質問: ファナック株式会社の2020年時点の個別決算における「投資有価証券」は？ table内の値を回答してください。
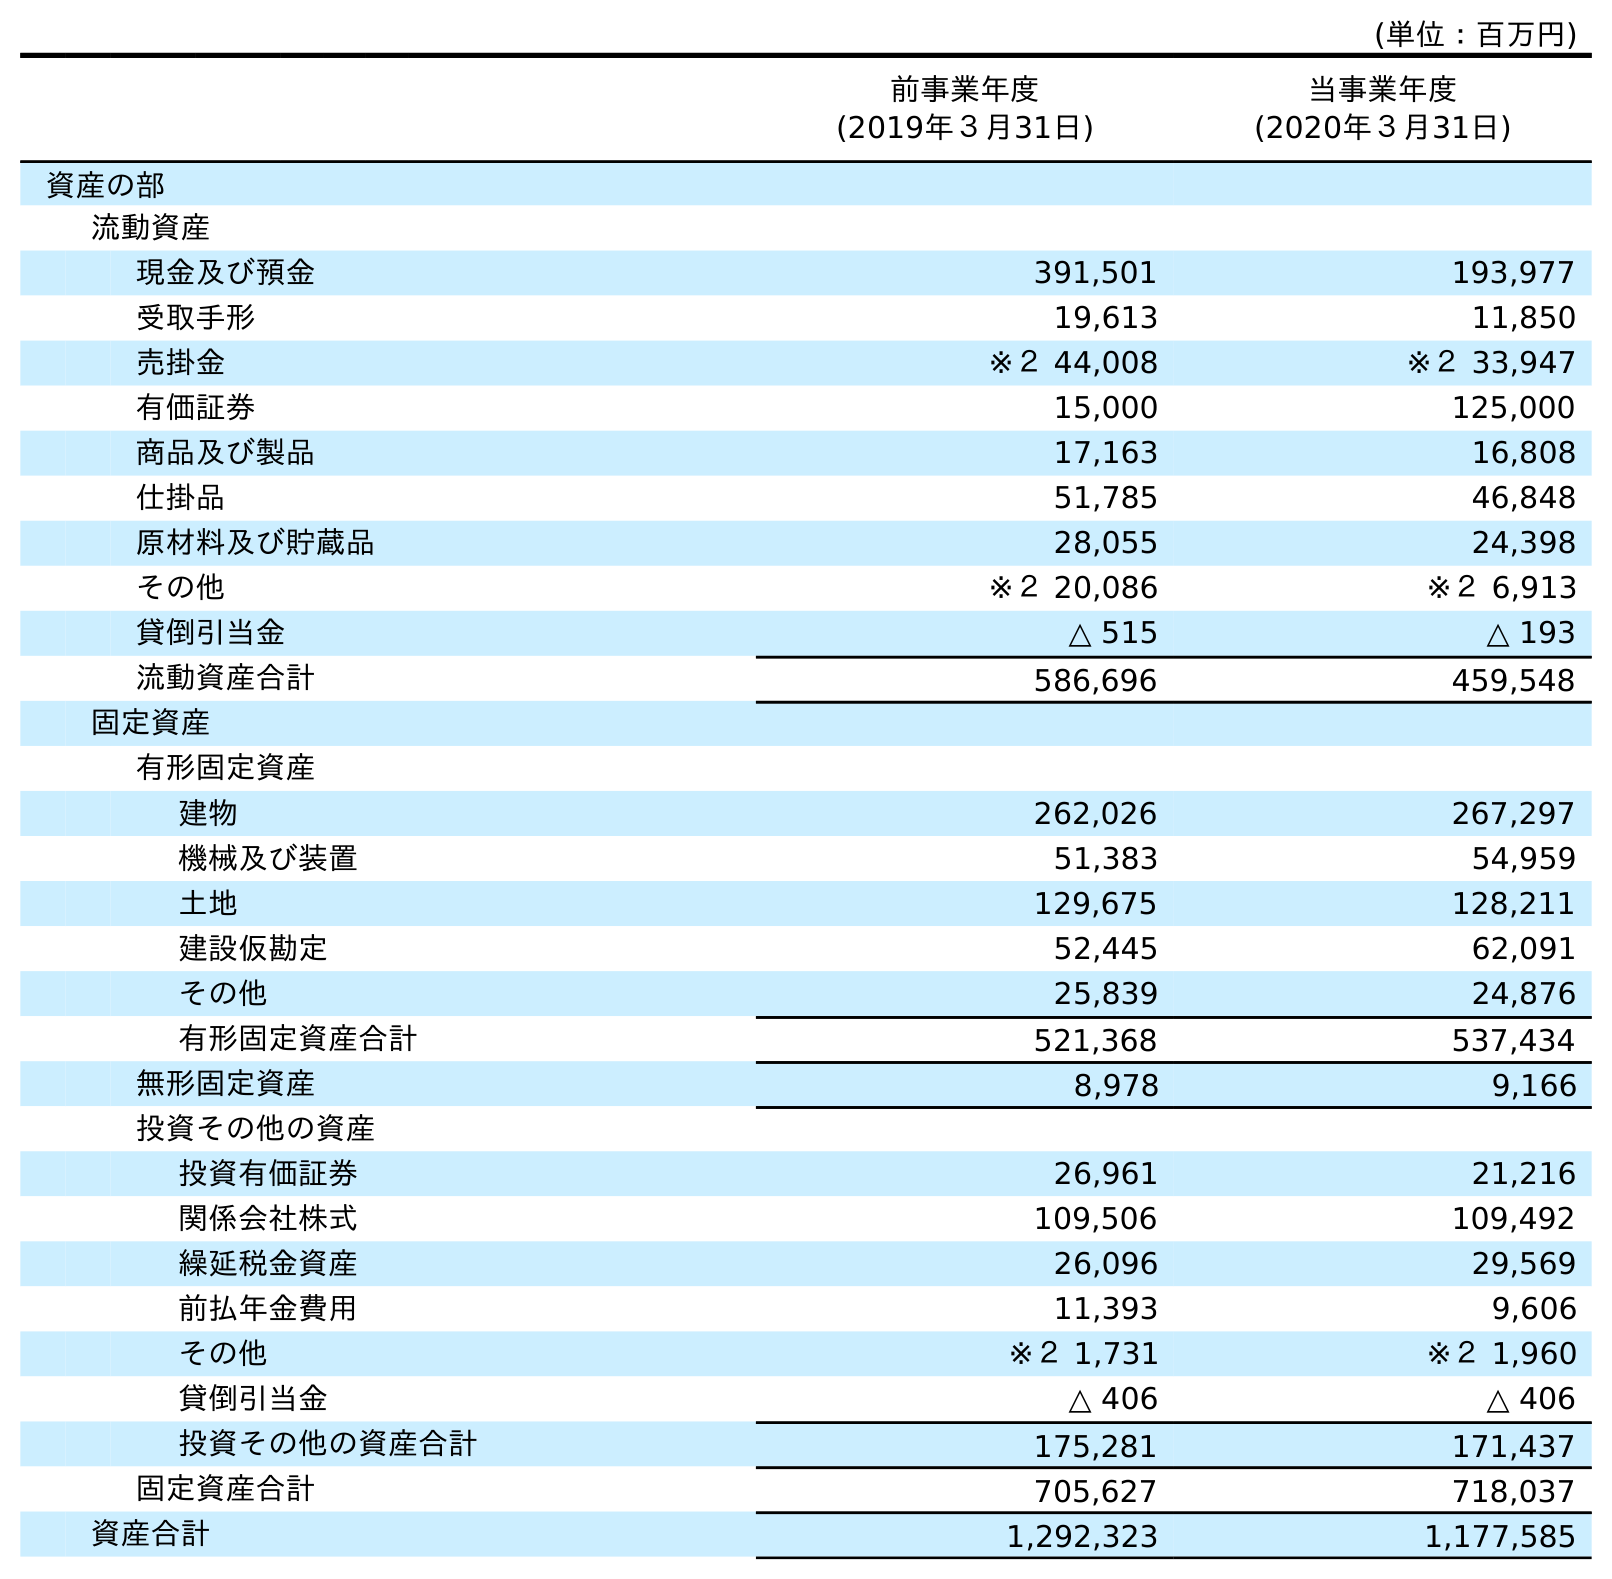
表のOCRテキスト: (単位：百万円) 前事業年度 (2019年３月31日) 当事業年度 (2020年３月31日) 資産の部 流動資産 現金及び預金 391,501 193,977 受取手形 19,613 11,850 売掛金 ※２ 44,008 ※２ 33,947 有価証券 15,000 125,000 商品及び製品 17,163 16,808 仕掛品 51,785 46,848 原材料及び貯蔵品 28,055 24,398 その他 ※２ 20,086 ※２ 6,913 貸倒引当金 △ 515 △ 193 流動資産合計 586,696 459,548 固定資産 有形固定資産 建物 262,026 267,297 機械及び装置 51,383 54,959 土地 129,675 128,211 建設仮勘定 52,445 62,091 その他 25,839 24,876 有形固定資産合計 521,368 537,434 無形固定資産 8,978 9,166 投資その他の資産 投資有価証券 26,961 21,216 関係会社株式 109,506 109,492 繰延税金資産 26,096 29,569 前払年金費用 11,393 9,606 その他 ※２ 1,731 ※２ 1,960 貸倒引当金 △ 406 △ 406 投資その他の資産合計 175,281 171,437 固定資産合計 705,627 718,037 資産合計 1,292,323 1,177,585
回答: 21,216